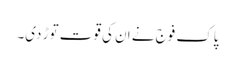
پاک فوج نے ان کی قوت توڑ دی۔